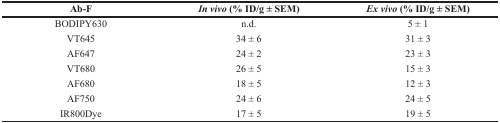
<table><thead><tr><td><b>Ab-F</b></td><td><b><i>In vivo</i> (% ID/g ± SEM)</b></td><td><b><i>Ex vivo</i> (% ID/g ± SEM)</b></td></tr></thead><tbody><tr><td>BODIPY630</td><td>n.d.</td><td>5 ± 1</td></tr><tr><td>VT645</td><td>34 ± 6</td><td>31 ± 3</td></tr><tr><td>AF647</td><td>24 ± 2</td><td>23 ± 3</td></tr><tr><td>VT680</td><td>26 ± 5</td><td>15 ± 3</td></tr><tr><td>AF680</td><td>18 ± 5</td><td>12 ± 3</td></tr><tr><td>AF750</td><td>24 ± 6</td><td>24 ± 5</td></tr><tr><td>IR800Dye</td><td>17 ± 5</td><td>19 ± 5</td></tr></tbody></table>